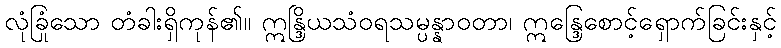
လုံခြုံသော တံခါးရှိကုန်၏။ ဣန္ဒြိယသံဝရသမ္ပန္နာဝတာ၊ ဣန္ဒြေစောင့်ရှောက်ခြင်းနှင့်